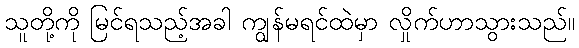
သူတို့ကို မြင်ရသည့်အခါ ကျွန်မရင်ထဲမှာ လှိုက်ဟာသွားသည်။